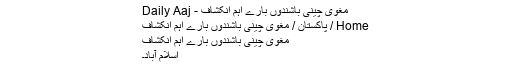
مغوی چینی باشندوں بارے اہم انکشاف - Daily Aaj
Home / پاکستان / مغوی چینی باشندوں بارے اہم انکشاف
مغوی چینی باشندوں بارے اہم انکشاف
اسلام آباد۔